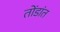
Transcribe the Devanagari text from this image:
तोंडांत